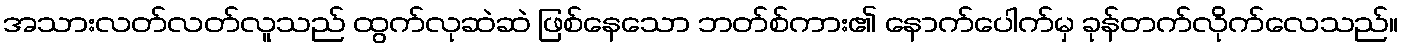
အသားလတ်လတ်လူသည် ထွက်လုဆဲဆဲ ဖြစ်နေသော ဘတ်စ်ကား၏ နောက်ပေါက်မှ ခုန်တက်လိုက်လေသည်။